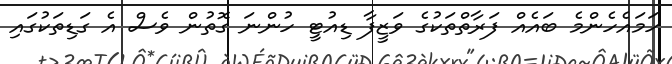
ހަމައެހެންމެ ބައެއް ފަރާތްތަކުގެ ވަޒީފާ ޑިއުޓީ ހުންނަ ގޮތުން ވެސް އެ ގަޑިތަކުގައި